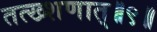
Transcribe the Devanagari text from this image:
तत्ख्शणात्॥९॥